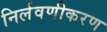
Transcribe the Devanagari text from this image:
निर्लवणीकरण